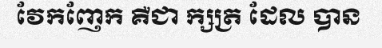
វែកញែក គឺជា ក្សត្រ ដែល បាន